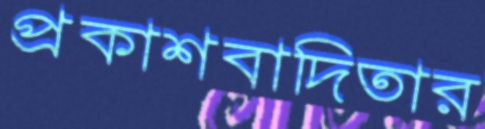
প্রকাশবাদিতার